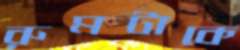
রুমটাকে